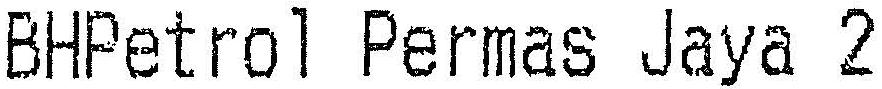
BHPETROL PERMAS JAYA 2